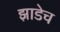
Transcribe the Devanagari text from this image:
झाडेच